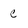
Character: c